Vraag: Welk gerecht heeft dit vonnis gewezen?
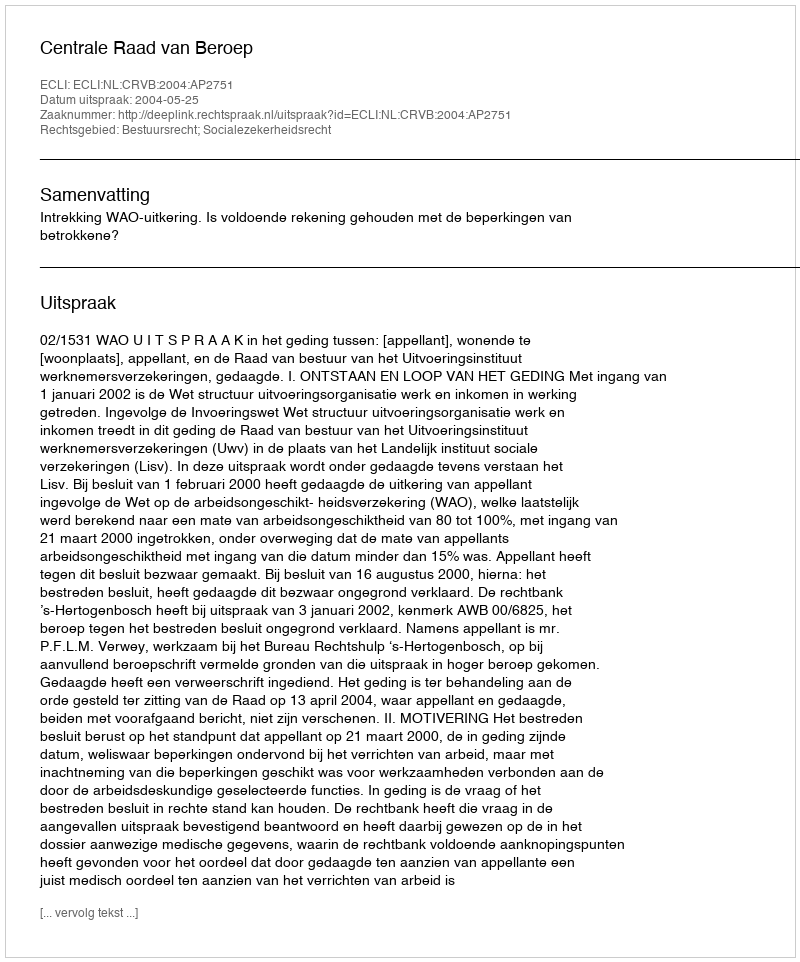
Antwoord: Centrale Raad van Beroep